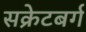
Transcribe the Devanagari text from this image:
सक्रेटबर्ग